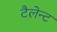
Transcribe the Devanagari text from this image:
टैलेन्ट